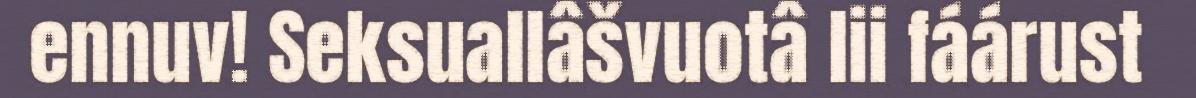
ennuv! Seksuallâšvuotâ lii fáárust